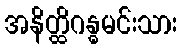
အနိတ္ထိဂန္ဓမင်းသား